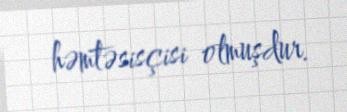
həmtəsisçisi olmuşdur.